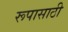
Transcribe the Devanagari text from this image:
रूपासाठी